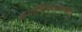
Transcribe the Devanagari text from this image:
धर्माधिकार्‍याकडून